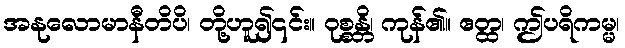
အနုလောမာနီတိပိ၊ တို့ဟူ၍၎င်း။ ဝုစ္စန္တိ၊ ကုန်၏။ ဧတ္ထ၊ ဤပရိကမ္မ၊